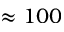
\approx 1 0 0